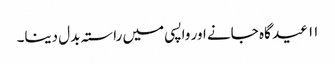
۱۱ عید گاہ جانے اور واپسی میں راستہ بدل دینا۔